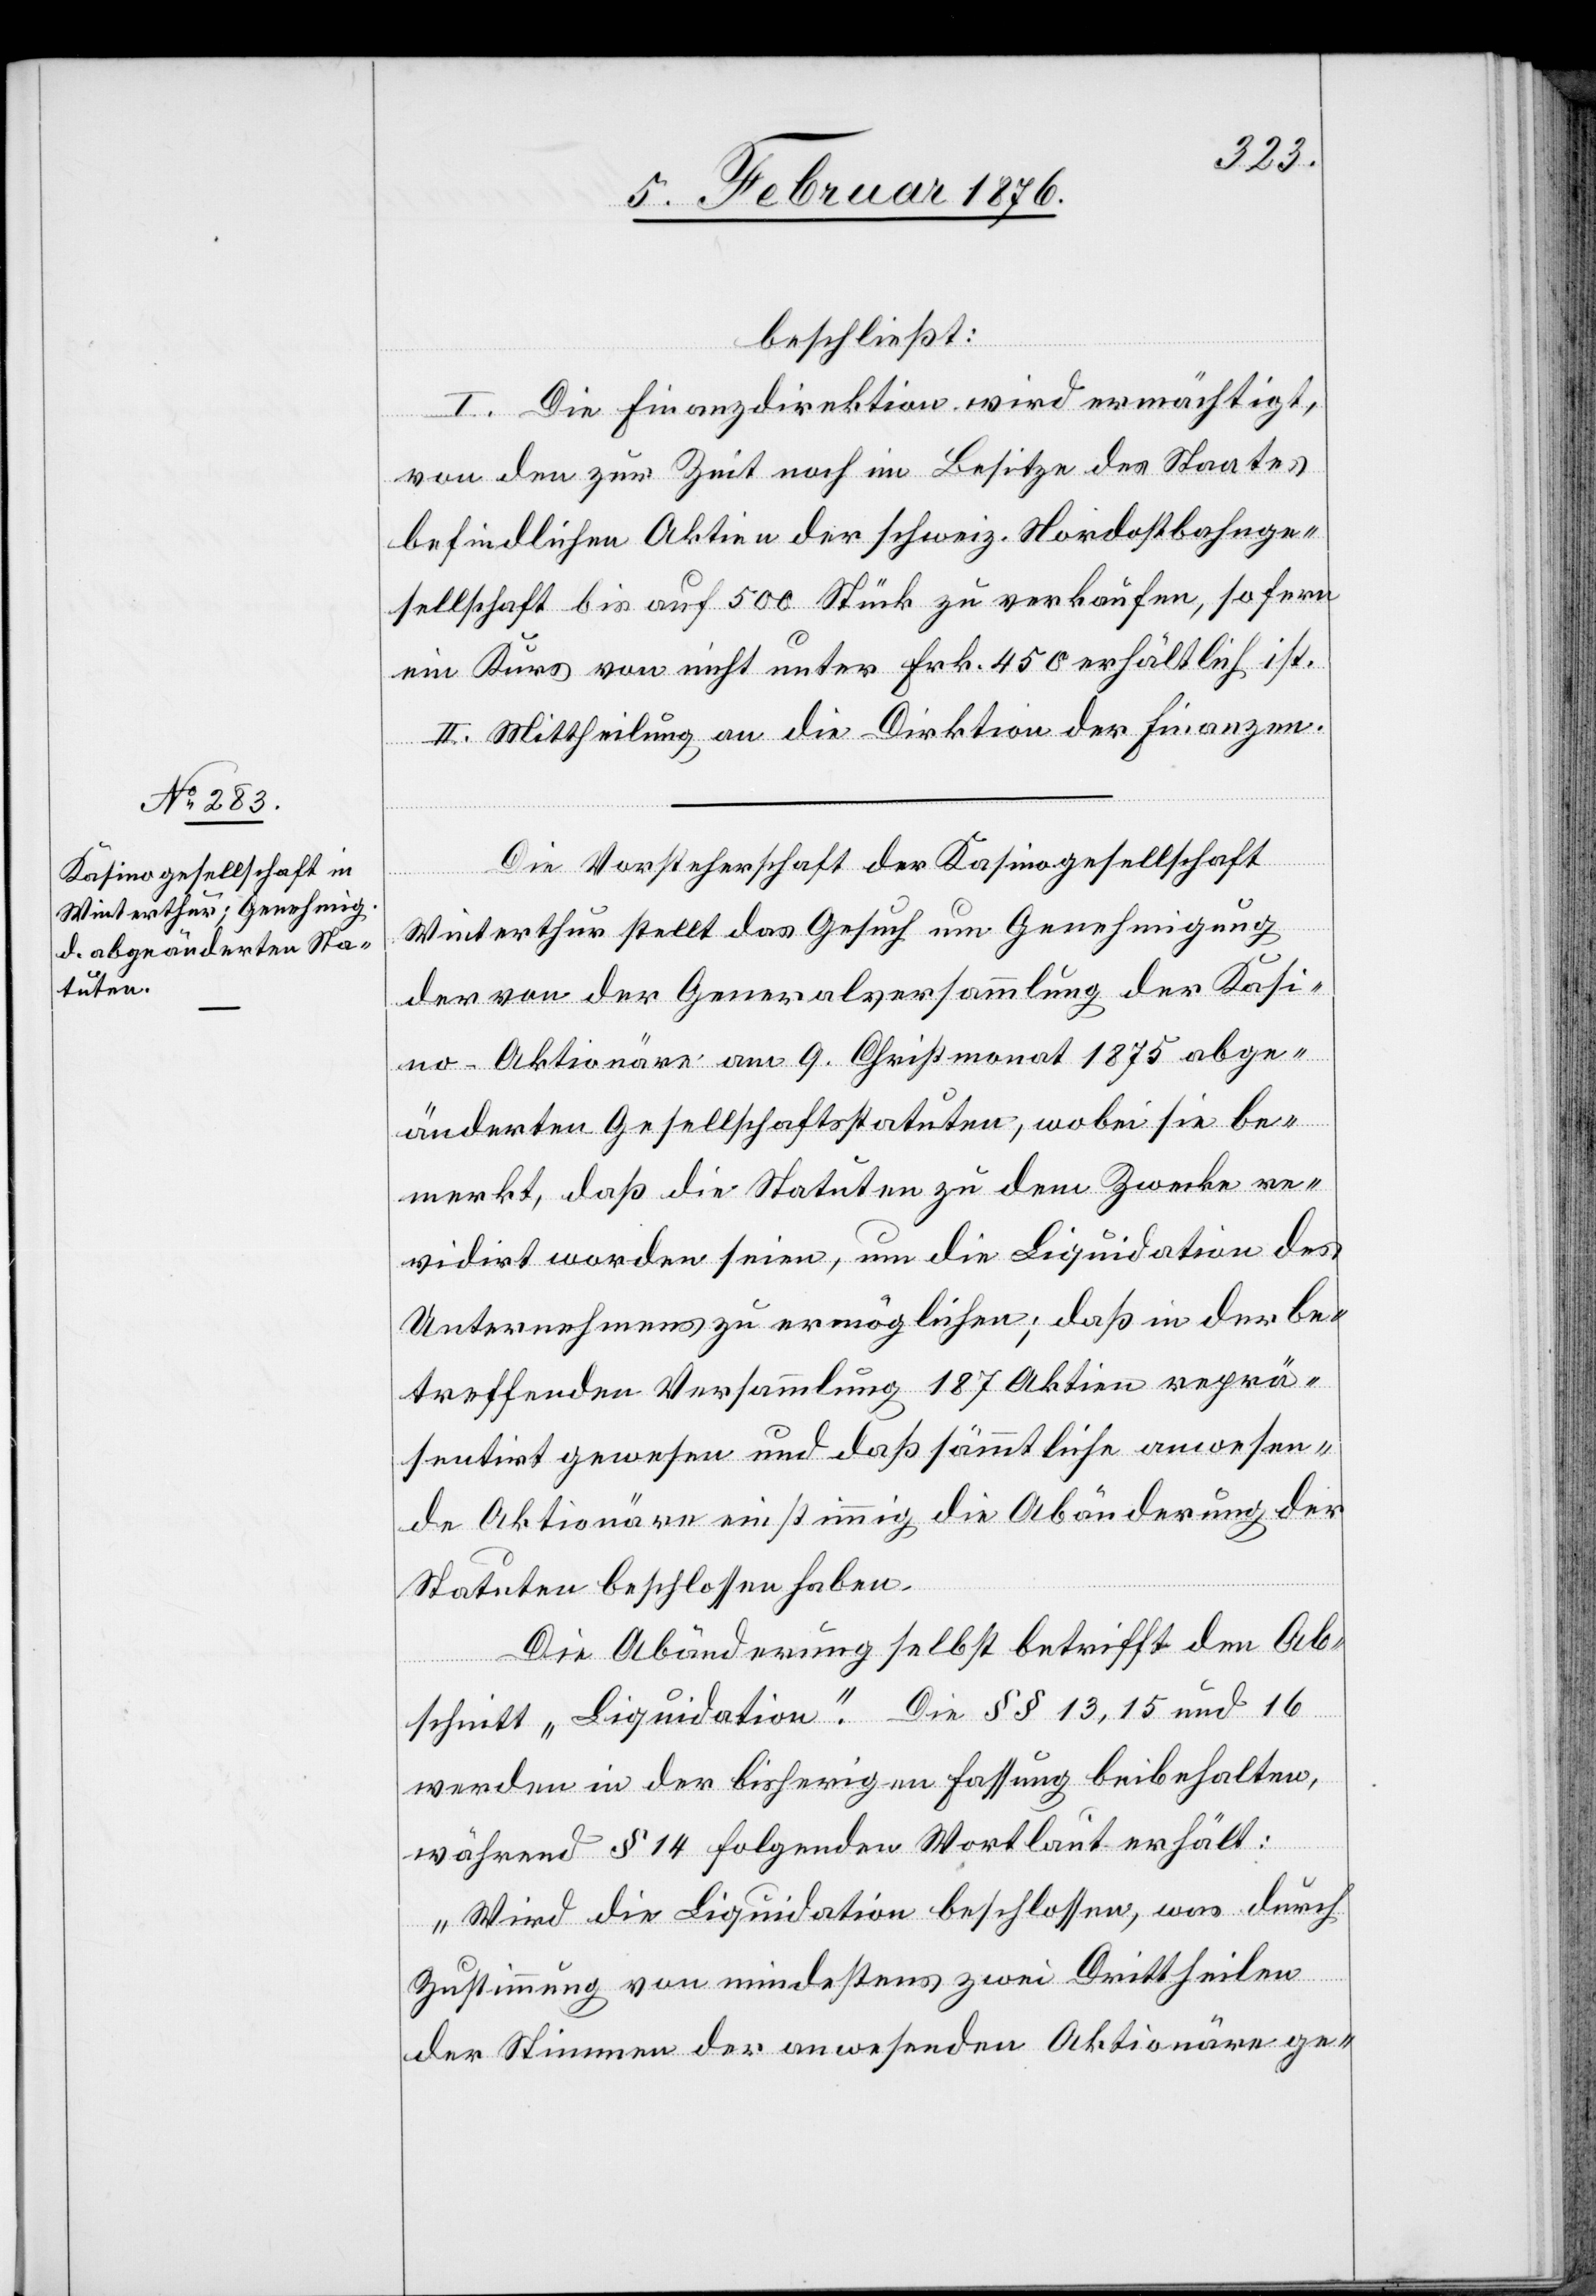
Kasinogesellschaft

beschließt:
I. Die Finanzdirektion wird ermächtigt,
von den zur Zeit noch im Besitze des Staates
befindlichen Aktien der schweiz. Nordostbahnge¬
sellschaft bis auf 500 Stück zu verkaufen, so fern
ein Kurs von nicht unter Frk. 450 erhältlich ist.
II. Mittheilung an die Direktion der Finanzen.
Winterthur stellt das Gesuch um Genehmigung
der von der Generalversammlung der Kasi¬
no-Aktionäre am 9. Christmonat 1875 abge¬
änderten Gesellschaftsstatuten, wobei sie be¬
merkt, daß die Statuten zu dem Zwecke re¬
vidirt worden seien, um die Liquidation des
Unternehmens zu ermöglichen, daß in der be¬
treffenden Versammlung 187 Aktien reprä¬
sentirt gewesen und daß sämmliche anwesen¬
de Aktionäre einstimmig die Abänderung der
Statuten beschlossen haben.
Die Abänderung selbst betrifft den Ab¬
schnitt „Liquidation“. Die § § 13, 15 und 16
werden in der bisherigen Fassung beibehalten,
während § 14 folgenden Wortlaut erhält:
„Wird die Liquidation beschlossen, was durch
Zustimmung von mindestens zwei Drittheilen
der Stimmen der anwesenden Aktionäre ge-